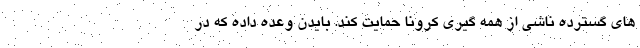
های گسترده ناشی از همه گیری کرونا حمایت کند. بایدن وعده داده که در